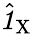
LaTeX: \hat{\textbf{\textit{1}}\, }_{\! \mathrm{X}}